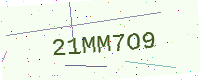
Text: 21MM7O9